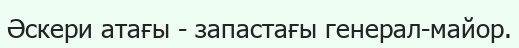
Әскери атағы - запастағы генерал-майор.